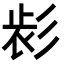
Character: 𢒕